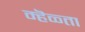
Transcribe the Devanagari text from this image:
म्हॆळ्ता